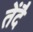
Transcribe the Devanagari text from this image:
तेंदै